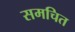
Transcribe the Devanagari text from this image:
समचित